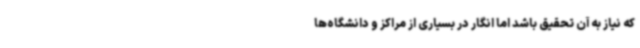
که نیاز به آن تحقیق باشد اما انگار در بسیاری از مراکز و دانشگاه‌ها